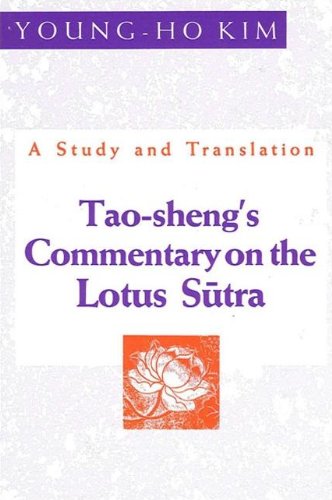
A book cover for Tao-Sheng's Commentary on the Lotus Sutra: A Study and Translation (S U N Y Series in Buddhist Studies); Young-Ho Kim; Religion & Spirituality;